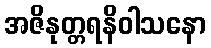
အဇိနုတ္တရနိဝါသနော